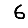
Digit: 6